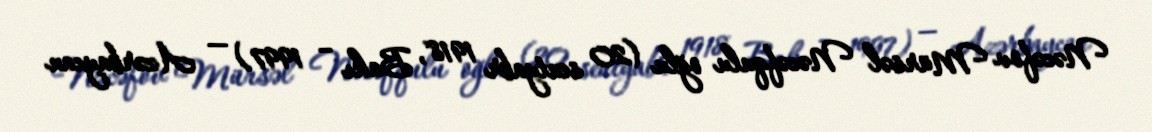
Nəcəfov Mürsəl Nəcəfqulu oğlu (20 sentyabr 1918, Bakı – 1997) — Azərbaycan